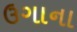
ઉગાના